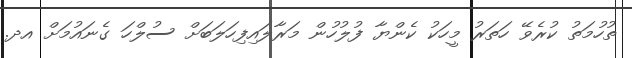
ތުހުމަތު ކުރެވޭ ހަތަރު މީހަކު ކެންޔާ ފުލުހުން މަރާލައިފިހަލަބަށް ސުލްހަ ގެނައުމަށް އދ.